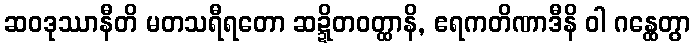
ဆဝဒုဿာနီတိ မတသရီရတော ဆဍ္ဍိတဝတ္ထာနိ, ဧရကတိဏာဒီနိ ဝါ ဂန္ထေတွာ